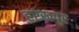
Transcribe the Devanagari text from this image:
हरखपुर